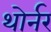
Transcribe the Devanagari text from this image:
थोर्नर